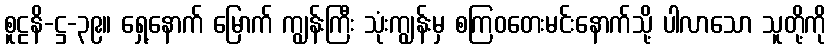
စူဠနိ-ဋ္ဌ-၃၉။ ရှေ့နောက် မြောက် ကျွန်းကြီး သုံးကျွန်းမှ စကြဝတေးမင်းနောက်သို့ ပါလာသော သူတို့ကို